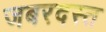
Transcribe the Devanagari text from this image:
जबरदस्त